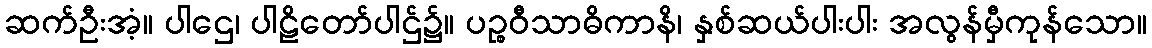
ဆက်ဦးအံ့။ ပါဌေ၊ ပါဠိတော်ပါဌ်၌။ ပဉ္စဝီသာဓိကာနိ၊ နှစ်ဆယ်ပါးပါး အလွန်မှီကုန်သော။